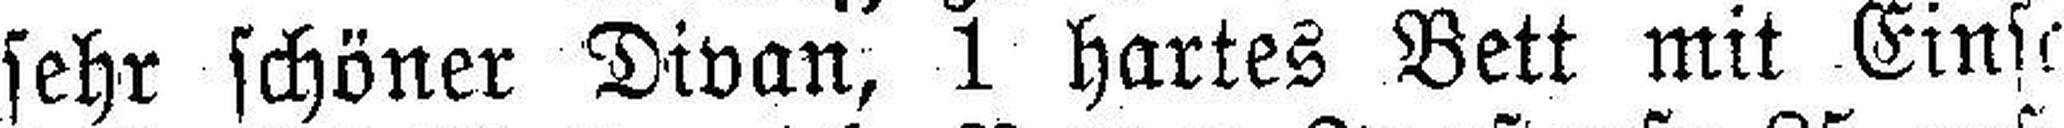
sehr schöner Divan, 1 hartes Bett mit Einst